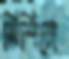
মিশিয়ো